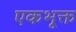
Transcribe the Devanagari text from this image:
एकभूक्त